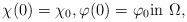
LaTeX: \begin{align*} \chi(0)=\chi_0, \varphi(0)=\varphi_0 \textrm{in $\Omega$,}\end{align*}